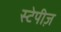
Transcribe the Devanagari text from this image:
स्टेपीज़